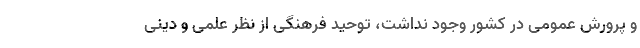
و پرورش عمومی در کشور وجود نداشت، توحید فرهنگی از نظر علمی و دینی